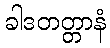
ခါဒတတ္တာနံ